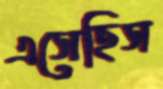
এসেছিস